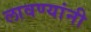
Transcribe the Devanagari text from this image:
लावण्यांनी